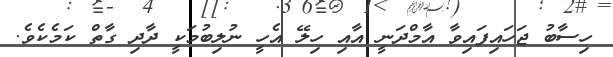
ހިސާބު ޖަހައިފައިވާ އާމްދަނީ އާއި ހިލޭ އެހީ ނުލިބުމަކީ ދާދި ގާތް ކަމެކެވެ.